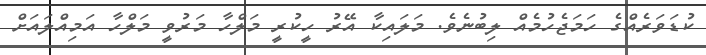
ކުޑަވަރެއްގެ ހަމަޖެހުމެއް ލިބުނެވެ. މަލައިކާ އޭރު ހީކުރީ މަލްހާ މަރުވީ މަލްހާ އަމިއްލައަށް